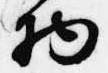
物